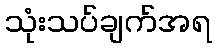
သုံးသပ်ချက်အရ